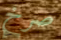
صرخ